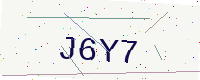
Text: J6Y7